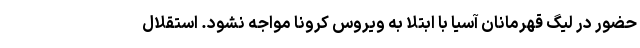
حضور در لیگ قهرمانان آسیا با ابتلا به ویروس کرونا مواجه نشود. استقلال